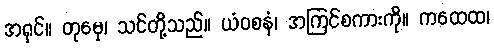
အရှင်။ တုမှေ၊ သင်တို့သည်။ ယံဝစနံ၊ အကြင်စကားကို။ ကထေထ၊